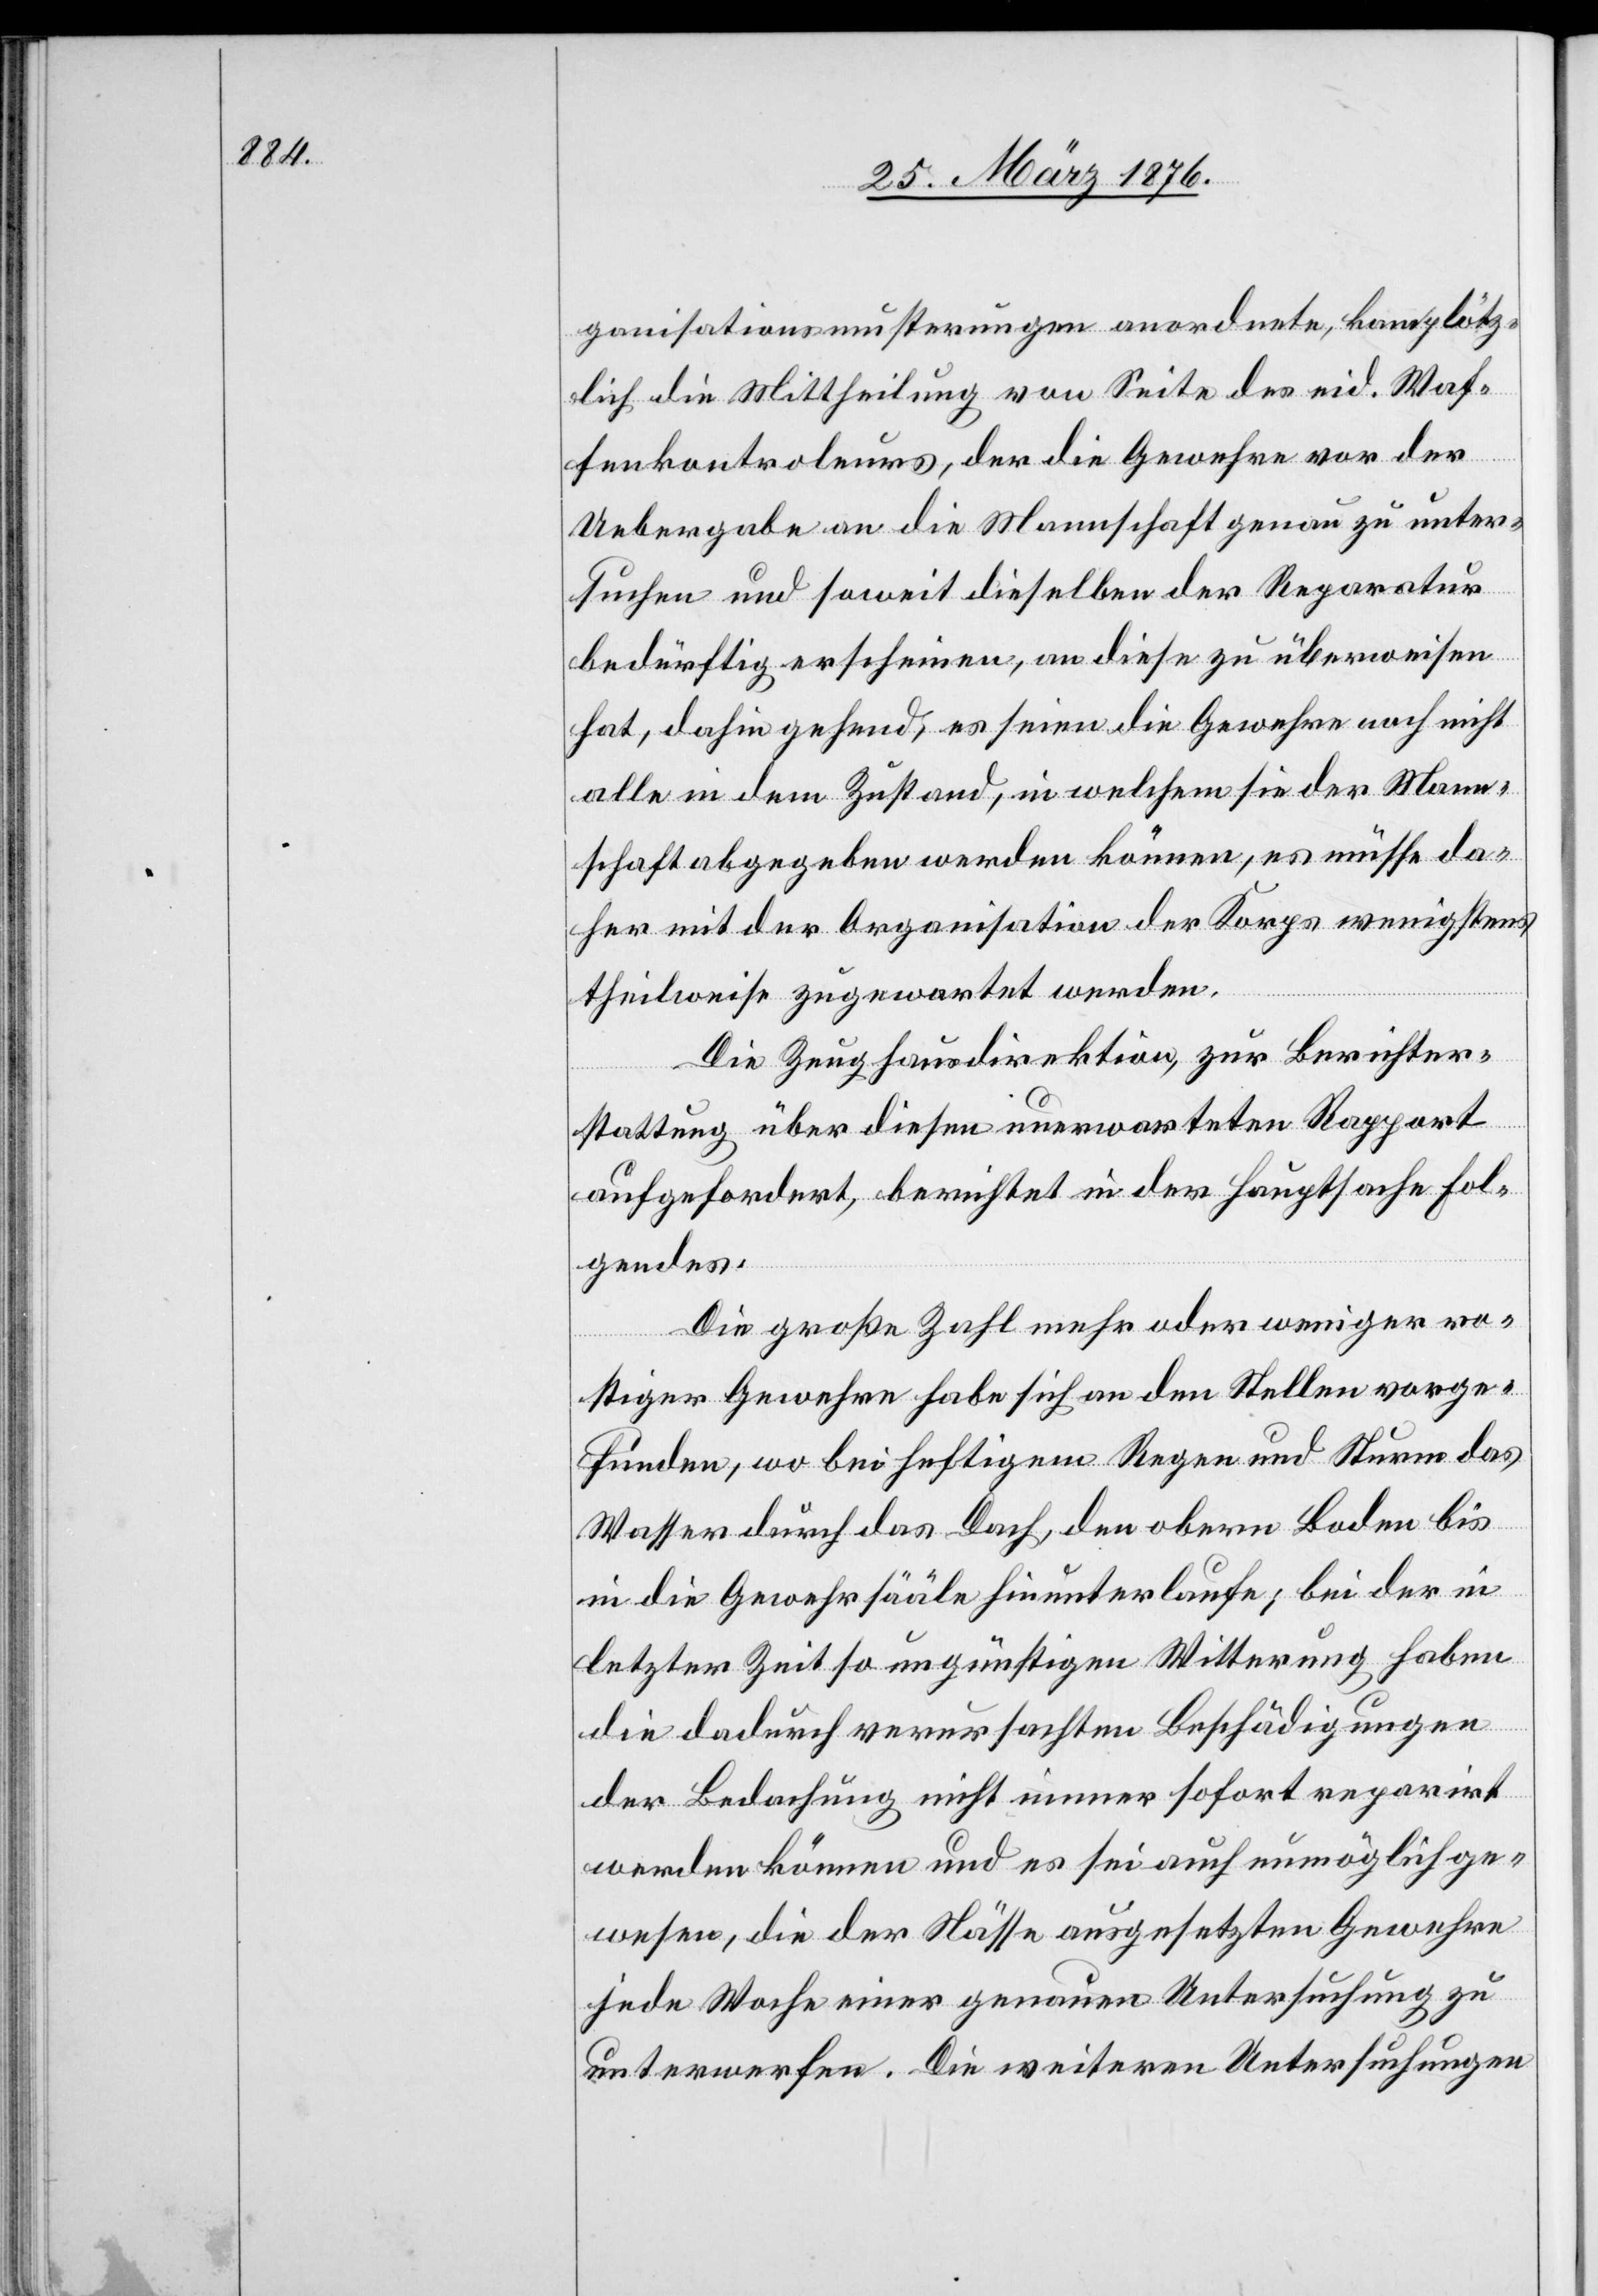
ganisationsmusterungen anordnete, kam plötz¬
lich die Mittheilung von Seite des eid. Waf¬
fenkontroleurs, der die Gewehre vor der
Uebergabe an die Mannschaft genau zu unter¬
suchen und soweit dieselben der Reparatur
bedürftig erscheinen, an diese zu überweisen
hat, dahin gehend, es seien die Gewehre noch nicht
alle in dem Zustand, in welchem sie der Mann¬
schaft abgegeben werden können, es müsse da¬
her mit der Organisation der Korps wenigstens
theilweise zugewartet werden.
Die Zeughausdirektion, zur Berichter¬
stattung über diesen unerwarteten Rapport
aufgefordert, berichtet in der Hauptsache Fol¬
gendes.
Die große Zahl mehr oder weniger ro¬
stiger Gewehre habe sich an den Stellen vorge¬
funden, wo bei heftigem Regen und Sturme das
Wasser durch das Dach, den obern Boden bis
in die Gewehrsääle hinunterlaufe, bei der in
letzter Zeit so ungünstigen Witterung haben
die dadurch verursachten Beschädigungen
der Bedachung nicht immer sofort reparirt
werden können und es sei auch unmöglich ge¬
wesen, die der Nässe ausgesetzten Gewehre
jede Woche einer genauen Untersuchung zu
unterwerfen. Die weiteren Untersuchungen